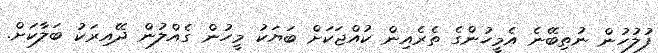
ފުލުހުން ނުތިބޭނެ އެމީހުންގެ ތެރެއިން ކުއްޖަކަށް ބަޔަކު މީހުން ގެއްލުން ދޭއިރަކު ބަލާކަށް.